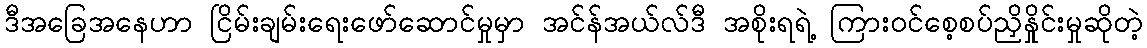
ဒီအခြေအနေဟာ ငြိမ်းချမ်းရေးဖော်ဆောင်မှုမှာ အင်န်အယ်လ်ဒီ အစိုးရရဲ့ ကြားဝင်စေ့စပ်ညှိနှိုင်းမှုဆိုတဲ့